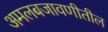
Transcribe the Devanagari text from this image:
अमलबजावणीतील